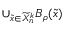
\cup _ { \tilde { x } \in \widetilde X _ { n } ^ { k } } B _ { \rho } ( \tilde { x } )